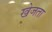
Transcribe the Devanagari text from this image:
खेजता